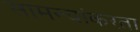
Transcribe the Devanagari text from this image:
सामन्यांकरता